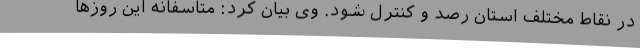
در نقاط مختلف استان رصد و کنترل شود. وی بیان کرد: متاسفانه این روزها